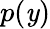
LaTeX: p(\mathit{y})